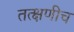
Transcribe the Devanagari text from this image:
तत्क्षणीच